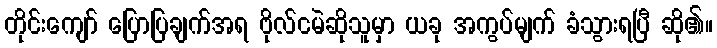
တိုင်းကျော် ပြောပြချက်အရ ဗိုလ်ငမဲဆိုသူမှာ ယခု အကွပ်မျက် ခံသွားရပြီ ဆို၏။